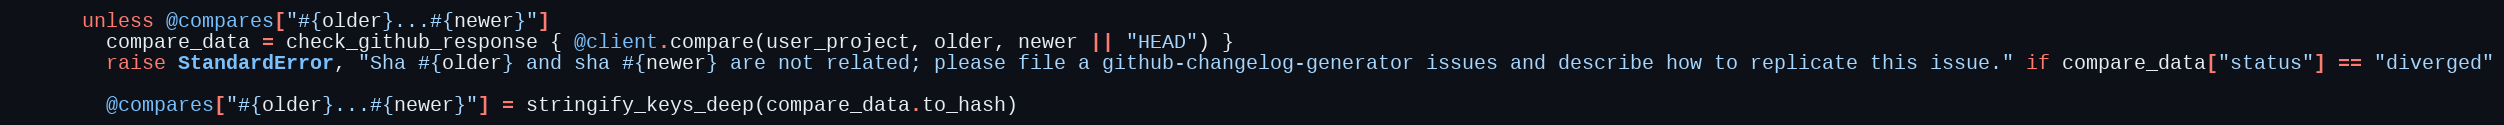
Language: Ruby
      unless @compares["#{older}...#{newer}"]
        compare_data = check_github_response { @client.compare(user_project, older, newer || "HEAD") }
        raise StandardError, "Sha #{older} and sha #{newer} are not related; please file a github-changelog-generator issues and describe how to replicate this issue." if compare_data["status"] == "diverged"

        @compares["#{older}...#{newer}"] = stringify_keys_deep(compare_data.to_hash)